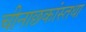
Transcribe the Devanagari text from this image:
चीनाछकांस्तथा